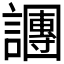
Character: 𬣍